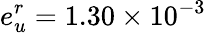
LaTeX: e_{u}^{r}=1.30\times 10^{-3}